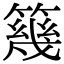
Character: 𥳏